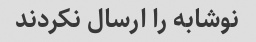
نوشابه را ارسال نکردند